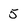
Character: 5